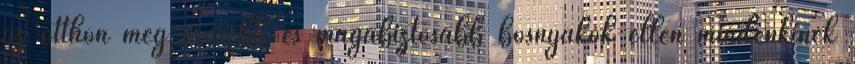
az otthon még erősebb és magabiztosabb bosnyákok ellen mindenkinek